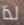
لذا